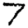
Digit: 7